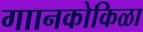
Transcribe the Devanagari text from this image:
गाानकोकिळा